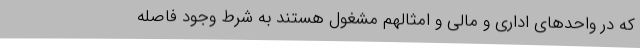
که در واحدهای اداری و مالی و امثالهم مشغول هستند به شرط وجود فاصله